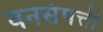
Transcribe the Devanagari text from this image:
वनसंपत्ती